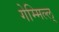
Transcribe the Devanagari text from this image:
गेम्मिल्ल्